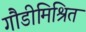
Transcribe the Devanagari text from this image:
गौडीमिश्रित